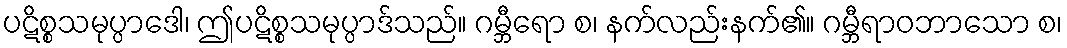
ပဋိစ္စသမုပ္ပာဒေါ၊ ဤပဋိစ္စသမုပ္ပာဒ်သည်။ ဂမ္ဘီရော စ၊ နက်လည်းနက်၏။ ဂမ္ဘီရာဝဘာသော စ၊